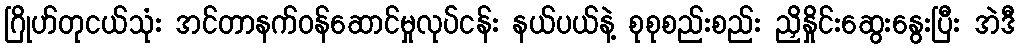
ဂြိုဟ်တုငယ်သုံး အင်တာနက်ဝန်ဆောင်မှုလုပ်ငန်း နယ်ပယ်နဲ့ စုစုစည်းစည်း ညှိနှိုင်းဆွေးနွေးပြီး အဲဒီ